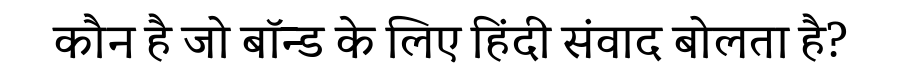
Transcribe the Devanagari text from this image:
कौन है जो बॉन्ड के लिए हिंदी संवाद बोलता है?